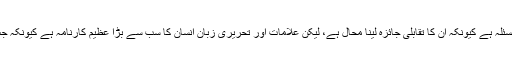
زبانی روایت کا سب سے بڑا مسئلہ اس کے جانچنے کا مسئلہ ہے کیونکہ ان کا تقابلی جائزہ لینا محال ہے، لیکن علامات اور تحریری زبان انسان کا سب سے بڑا عظیم کارنامہ ہے کیونکہ جس کی وجہ سے ایک بات دوسرے تک پہنچائی جاتی ہے۔